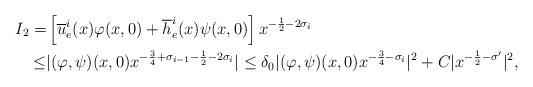
LaTeX: \begin{align*}I_2=&\left[\overline u_e^i(x)\varphi(x,0)+\overline h_e^i(x)\psi(x,0)\right]x^{-\frac{1}{2}-2\sigma_i}\\ \leq& |(\varphi,\psi)(x,0)x^{-\frac{3}{4}+\sigma_{i-1}-\frac{1}{2}-2\sigma_i}| \leq \delta_0|(\varphi,\psi)(x,0)x^{-\frac{3}{4}-\sigma_i}|^2+C|x^{-\frac{1}{2}-\sigma'}|^2,\end{align*}